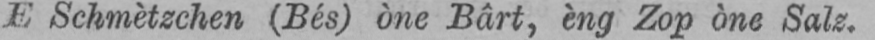
E Schmètzchen (Bés) òne Bârt, èng Zop òne Salz.